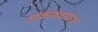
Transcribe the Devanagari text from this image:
आकाशवाणीला